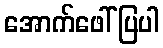
အောက်ဖေါ်ပြပါ